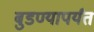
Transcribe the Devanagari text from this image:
बुडण्यापर्यंत